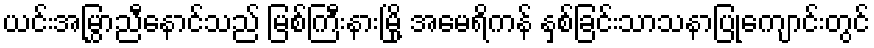
ယင်းအမြွှာညီနောင်သည် မြစ်ကြီးနားမြို့ အမေရိကန် နှစ်ခြင်းသာသနာပြုကျောင်းတွင်